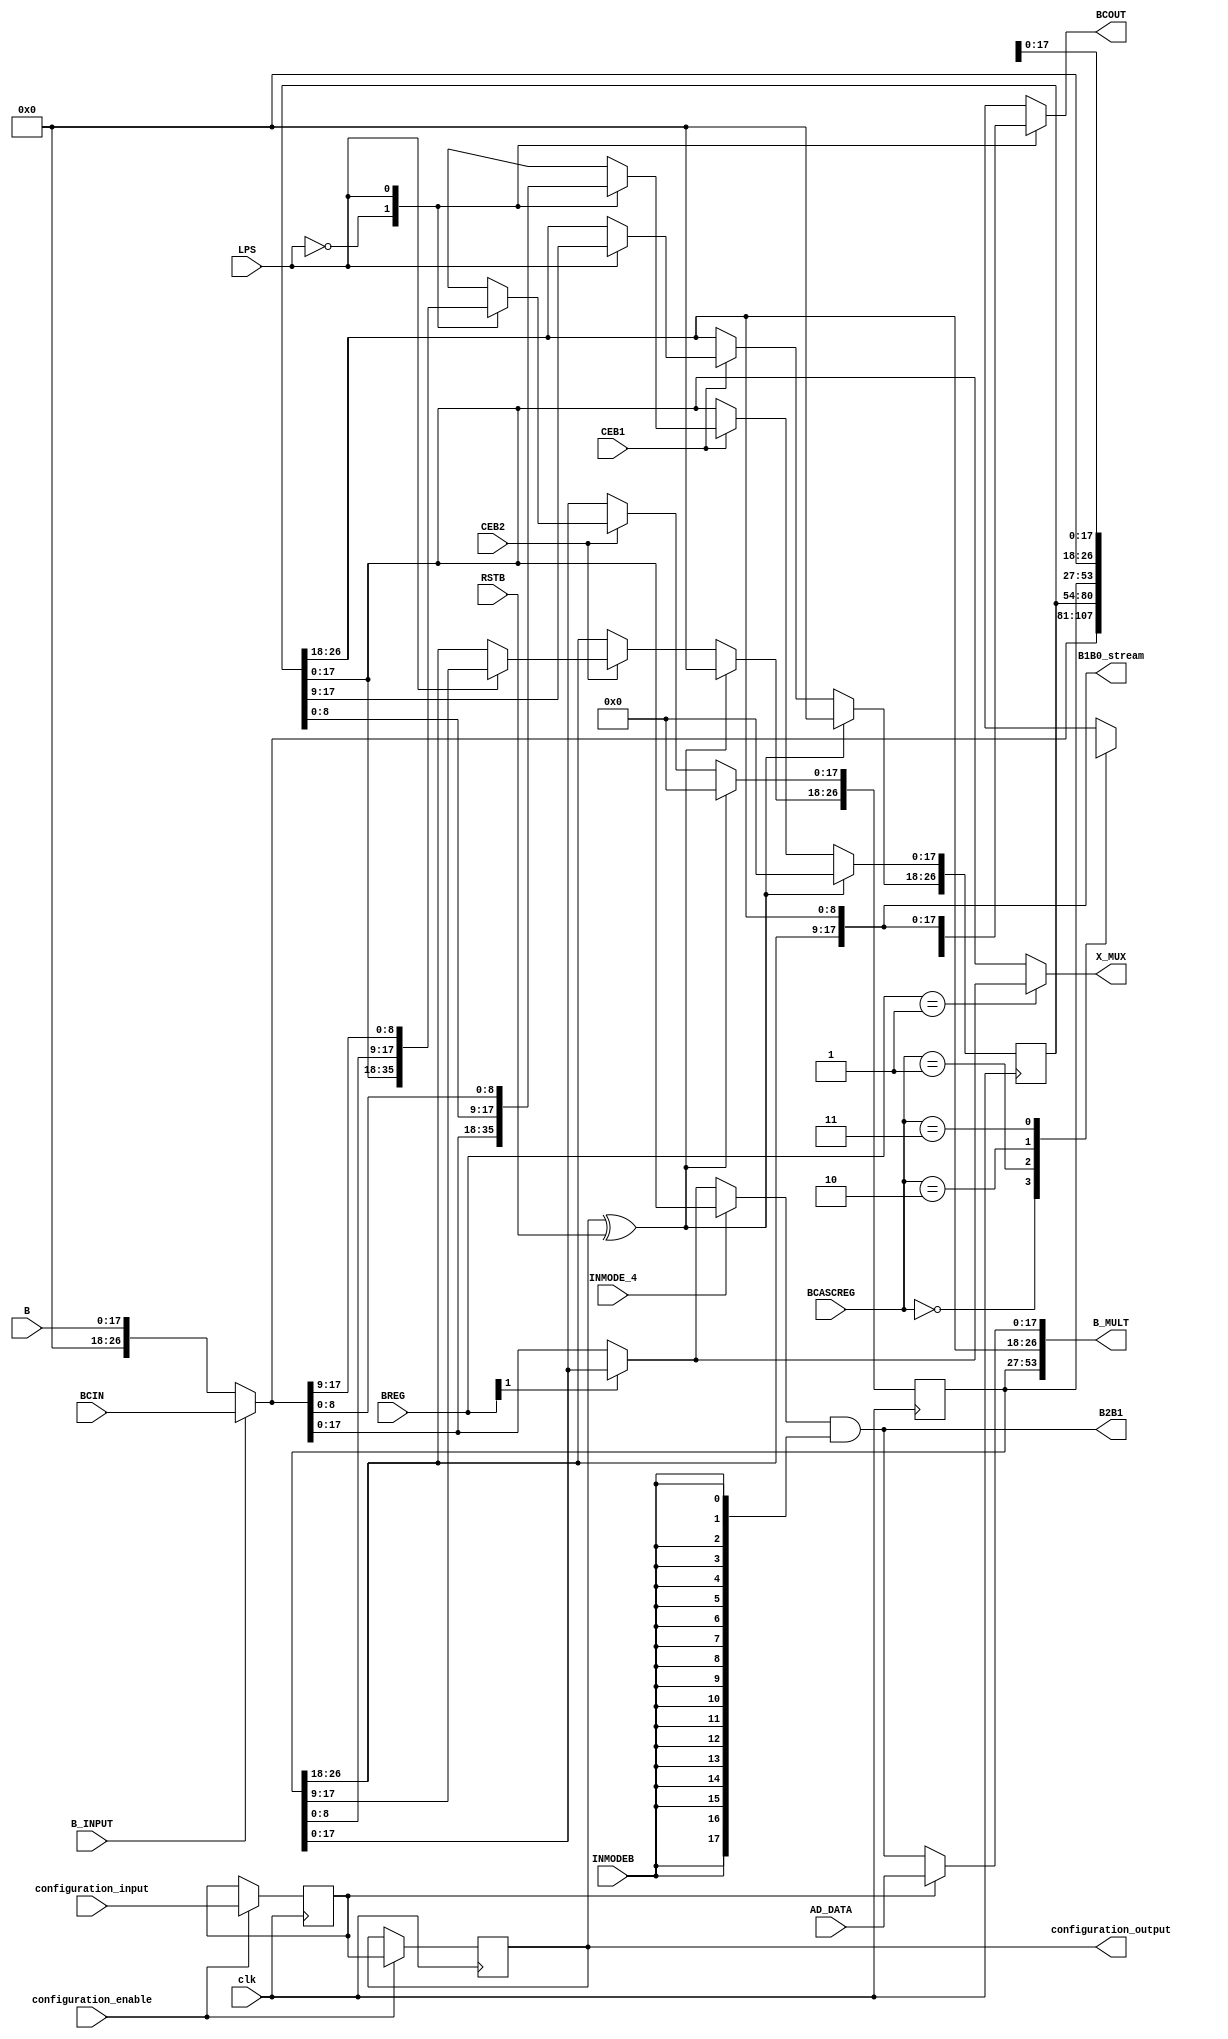
/*****************************************************************
*	B_INPUT & BREG[1:0] & BCASCREG[1:0] hazf shod
*	Configuration bits order :
*			BMULTSEL <= configuration_input;
*			IS_RSTB_INVERTED <= BMULTSEL;
*			configuration_output = IS_RSTB_INVERTED
*****************************************************************/
`timescale 1 ns / 100 ps  
module Dual_B_Register_block_proposed(
		input clk,
		
		input [17:0] B,
		input [26:0] BCIN,
		input B_INPUT,
		input [1:0] BREG,
		input [1:0] BCASCREG,
		
		input [17:0] AD_DATA,
		
		input CEB1,
		input CEB2,
		input RSTB,
		
		input INMODE_4,
		input INMODEB,
		
		input LPS,						// new
		
		output [17:0] B2B1,
		output [17:0] B1B0_stream,
		output reg [26:0] BCOUT,
		
		output [17:0] X_MUX,
		output [53:0] B_MULT,
		
		input configuration_input,
		input configuration_enable,
		output configuration_output
	);

	// configuring bits
	reg BMULTSEL;
	reg IS_RSTB_INVERTED;
		
	always@(posedge clk)begin
		if (configuration_enable)begin
			BMULTSEL <= configuration_input;
			IS_RSTB_INVERTED <= BMULTSEL;
		end
	end
	assign configuration_output = IS_RSTB_INVERTED;
	
	// B
	reg [26:0] B1;
	reg [26:0] B2;
	
	assign B1B0_stream = {{B2[26:18]},{B1[26:18]}};
	

	wire [26:0] b_bcin_mux;
	wire [26:0] b_bcin_mux_reg2;
	assign b_bcin_mux = (B_INPUT) ? BCIN : {{9'b0_0000_0000},{B}};
	assign b_bcin_mux_reg2 = (BREG[1]) ?  B2[26:0]: b_bcin_mux;


	wire RSTB_xored;
	assign RSTB_xored = IS_RSTB_INVERTED ^ RSTB;
/**********B1 OUTPUT***********/	
	always@(posedge clk) begin
		if (RSTB_xored) 
			B1 <= 27'b0;
		else if (CEB1) begin
			case (LPS)
				1'b0: begin 
					B1[17:0] <= b_bcin_mux[17:0];
				end
				1'b1: begin
					B1[26:0] <= {{B1[17:0]},{b_bcin_mux[8:0]}};//BCIN LSB
				end
			endcase 
		end
	end
	
	always @ (posedge clk) begin 
		if (RSTB_xored) 
			B2 <= 27'b0;
		else if (CEB2) 
			case (LPS)
				1'b0: begin 
					B2[17:0] <= B1[17:0];
				end
				1'b1: begin
					B2[26:0] <= {{B2[17:0]},{b_bcin_mux[17:9]}};
				end
			endcase 
	end
	
	
	always @ (*) begin
		case (LPS)
			1'b0: begin 
				case (BCASCREG)
					2'b00: begin
						BCOUT = b_bcin_mux;
					end
					2'b01: begin
						BCOUT = B1[26:0];
					end
					2'b10: begin
						BCOUT = B2[26:0];
					end
					2'b11: begin				// stream & broadcast
						BCOUT = 18'bx;
					end
				endcase 
			end
			1'b1: begin
				BCOUT = {{B2[26:18]},{B1[26:18]}};
			end
		endcase
	end
	
	assign X_MUX = (BREG == 2'b01) ?  (b_bcin_mux_reg2[17:0]) : (B1[17:0]);
	
	wire [17:0] b_mult_temp;
	assign b_mult_temp = (INMODE_4) ? B1[17:0] :  b_bcin_mux_reg2[17:0];
	
	assign B2B1 = (b_mult_temp) & ({18{INMODEB}});
	assign B_MULT[17:0]  = (BMULTSEL) ? (AD_DATA[17:0]) : B2B1;
	assign B_MULT[26:18] = B1[26:18];
	assign B_MULT[53:27] = B2;
	
endmodule